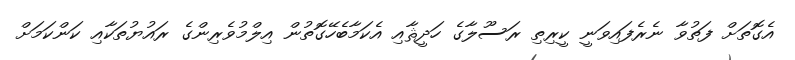
އެގޮތަށް ފަތުވާ ނެރެފައިވަނީ ކީރިތި ރަސޫލާގެ ހަދީޘާއި އެކަމާބެހޭގޮތުން އިލްމުވެރިންގެ ރައުޔުތަކާއި ކަންކަމަށް